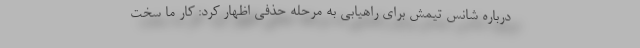
درباره شانس تیمش برای راهیابی به مرحله حذفی اظهار کرد: کار ما سخت